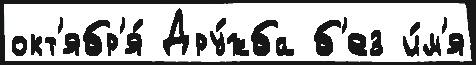
окт'ябр'я́ Дру́жба б'ез и́м'я